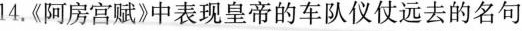
14.\ll阿房宫赋\gg 中表现皇帝的车队仪仗远去的名句